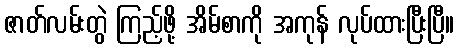
ဇာတ်လမ်းတွဲ ကြည့်ဖို့ အိမ်စာကို အကုန် လုပ်ထားပြီးပြီ။